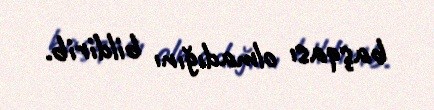
başqası olmadığını bildirib.